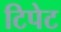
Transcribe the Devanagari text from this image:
टिपेट